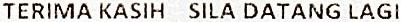
TERIMA KASIH SILA DATANG LAGI